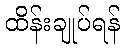
ထိန်းချုပ်ရန်